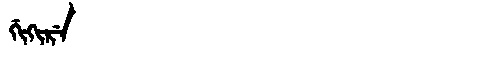
Manchu: ᡤᡳᡴᡳᡵᡝ
Romanization: GIKIRE